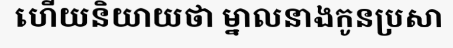
ហើយនិយាយថា ម្នាលនាងកូនប្រសា